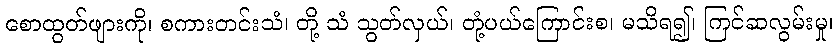
စောထွတ်ဖျားကို၊ စကားတင်းသံ၊ တို့ သံ သွတ်လှယ်၊ တုံ့ပယ်ကြောင်းစ၊ မသိရ၍၊ ကြင်ဆလွမ်းမှု၊